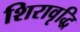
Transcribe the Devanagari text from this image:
शिरावृद्धि